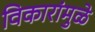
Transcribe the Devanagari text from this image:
विकारांमुळे